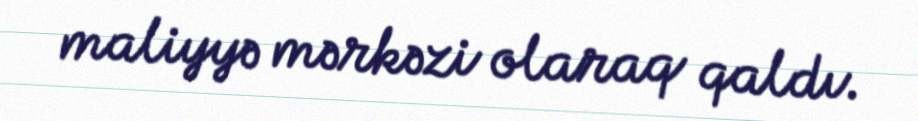
maliyyə mərkəzi olaraq qaldı.